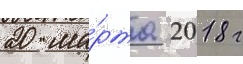
20 ма́рта 2018 г